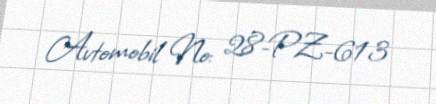
Avtomobil №: 28-PZ-613